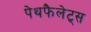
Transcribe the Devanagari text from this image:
पेथफैलेट्स